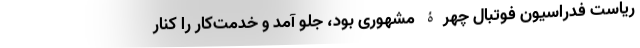
ریاست فدراسیون فوتبال چهرۀ مشهوری بود، جلو آمد و خدمت‌کار را کنار